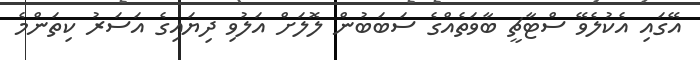
އޭގައި އެކުލެވޭ ސްޓާޗީ ބާވަތެއްގެ ސަބަބުން ލޮލަށް އަލުވި ދިޔައިގެ އަސަރު ކިތަންމެ